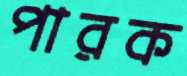
পারক